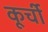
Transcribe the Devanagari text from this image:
कूर्ची